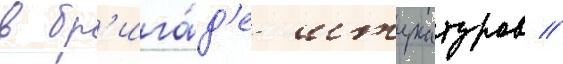
в бр'ига́д'е штукатуров //